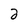
Character: 2